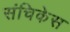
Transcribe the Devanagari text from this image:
संचिकेस